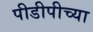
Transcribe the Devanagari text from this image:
पीडीपीच्या